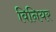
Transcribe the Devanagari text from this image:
विनियर